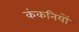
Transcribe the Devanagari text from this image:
कंकनियों